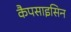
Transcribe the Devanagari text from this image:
कैपसाइसिन